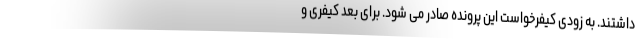
داشتند. به زودی کیفرخواست این پرونده صادر می شود. برای بعد کیفری و